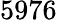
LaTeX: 5976